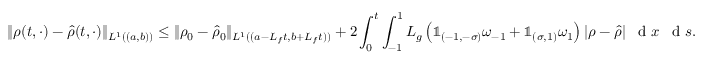
\| \rho ( t , \cdot ) - \hat { \rho } ( t , \cdot ) \| _ { L ^ { 1 } ( ( a , b ) ) } \leq \| \rho _ { 0 } - \hat { \rho } _ { 0 } \| _ { L ^ { 1 } ( ( a - L _ { f } t , b + L _ { f } t ) ) } + 2 \int _ { 0 } ^ { t } \int _ { - 1 } ^ { 1 } L _ { g } \left( \mathbb { 1 } _ { ( - 1 , - \sigma ) } \omega _ { - 1 } + \mathbb { 1 } _ { ( \sigma , 1 ) } \omega _ { 1 } \right) | \rho - \hat { \rho } | \textrm { \, d } x \textrm { \, d } s .